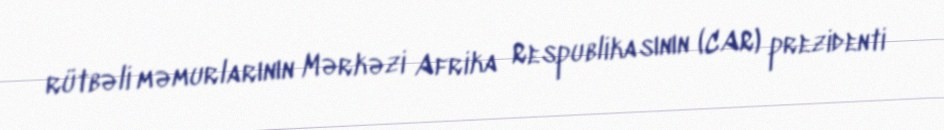
rütbəli məmurlarının Mərkəzi Afrika Respublikasının (CAR) prezidenti